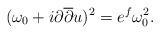
LaTeX: \begin{align*} (\omega_0 + i \partial \overline{\partial} u)^2 = e^{f} \omega_0^2 . \end{align*}